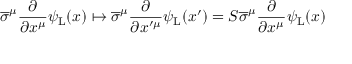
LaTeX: { \overline { { \sigma } } } ^ { \mu } { \frac { \partial } { \partial x ^ { \mu } } } \psi _ { \mathrm { { L } } } ( x ) \mapsto { \overline { { \sigma } } } ^ { \mu } { \frac { \partial } { \partial x ^ { \prime \mu } } } \psi _ { \mathrm { { L } } } ( x ^ { \prime } ) = S { \overline { { \sigma } } } ^ { \mu } { \frac { \partial } { \partial x ^ { \mu } } } \psi _ { \mathrm { { L } } } ( x )